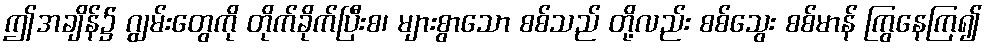
ဤအချိန်၌ ဂျွမ်းတွေကို တိုက်ခိုက်ပြီးစ၊ များစွာသော စစ်သည် တို့လည်း စစ်သွေး စစ်မာန် ကြွနေကြ၍